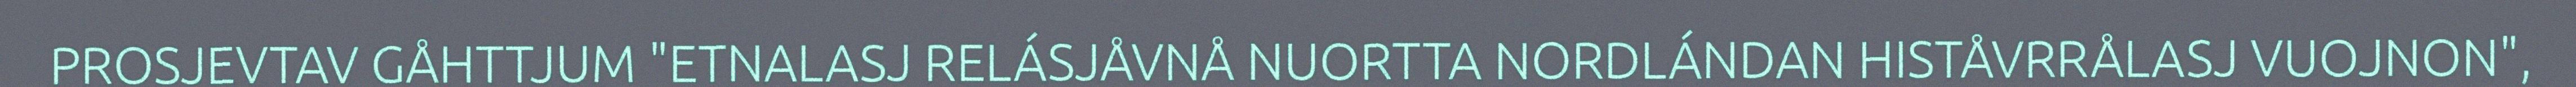
PROSJEVTAV GÅHTTJUM "ETNALASJ RELÁSJÅVNÅ NUORTTA NORDLÁNDAN HISTÅVRRÅLASJ VUOJNON",